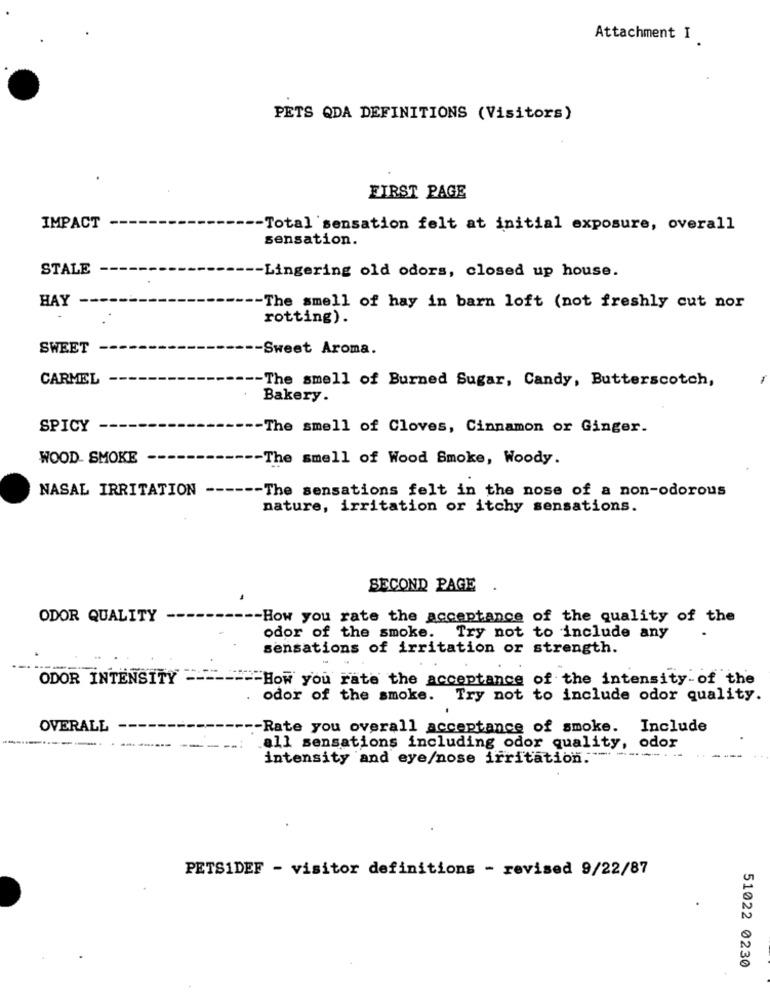
Attachment I
PETS QDA DEFINITIONS (Visitors)
FIRST PAGE
IMPACT
-- Total sensation felt at initial exposure, overall
sensation.
STALE
-Lingering old odors, closed up house.
HAY
-- The smell of hay in barn loft (not freshly cut nor
rotting).
SWEET
-Sweet Aroma.
CARMEL
-- The smell of Burned Sugar, Candy, Butterscotch,
Bakery .
SPICY
-The smell of Cloves, Cinnamon or Ginger.
WOOD- SMOKE
The smell of Wood Smoke, Woody.
NASAL IRRITATION
-- The sensations felt in the nose of a non-odorous
nature, irritation or itchy sensations.
SECOND PAGE
ODOR QUALITY
-How you rate the acceptance of the quality of the
odor of the smoke.
Try not to include any
sensations of irritation or strength.
ODOR INTENSITY
"How you rate the acceptance of the intensity-of the
odor of the smoke. Try not to include odor quality.
OVERALL
-Rate you overall acceptance of smoke.
Include
all sensations including odor quality, odor
intensity and eye/nose irritation."
PETS1DEF - visitor definitions - revised 9/22/87
51022 0230